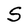
Character: S